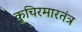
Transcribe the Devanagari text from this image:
कुचिरमारतंत्र